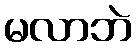
မလာဘဲ